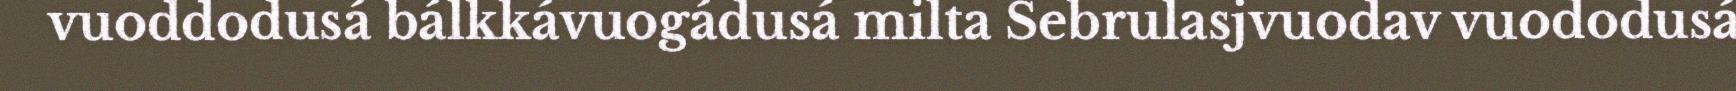
vuoddodusá bálkkávuogádusá milta Sebrulasjvuodav vuododusá